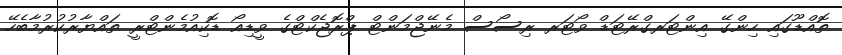
ތޮއްޑޫގައި ހިންގޭ އިންޓަރގްރޭޓަޑް ވޯޓަރ ރިސޯސް މެނޭޖްމަންޓް ޕްރޮޖެކްޓްގެ ވީޑިއޯ ޑޮކިއުމެންޓްރީ ތައްޔާރުކުރުމާބެހޭ